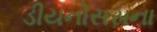
ડીયનોસસના